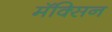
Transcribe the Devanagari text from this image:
मॅक्सिन